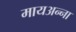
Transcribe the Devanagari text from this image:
मायअन्ना